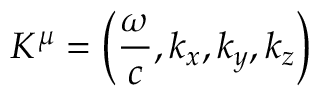
K ^ { \mu } = \left( { \frac { \omega } { c } } , k _ { x } , k _ { y } , k _ { z } \right)